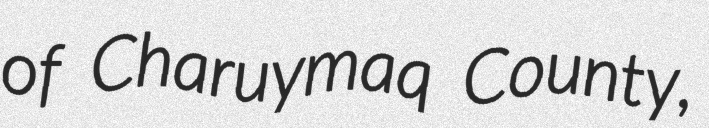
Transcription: of Charuymaq County,